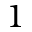
1